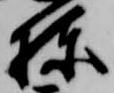
棟